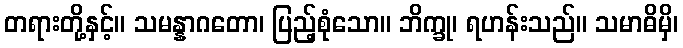
တရားတို့နှင့်။ သမန္နာဂတော၊ ပြည့်စုံသော။ ဘိက္ခု၊ ရဟန်းသည်။ သမာဓိမှိ၊